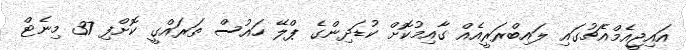
އައިޖީއެމްއެޗުގައި ލައިބްރަރީއެއް ގާއިމުކޮށް ކުޑަދިންގެ ޕްލޭ ހައުސް ތަރައްގީ ކޮށްފި 37 މިނެޓް